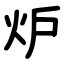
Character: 炉